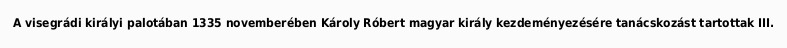
A visegrádi királyi palotában 1335 novemberében Károly Róbert magyar király kezdeményezésére tanácskozást tartottak III.